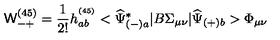
{ \mathsf W } _ { - + } ^ { ( 4 5 ) } = \frac { 1 } { 2 ! } h _ { a b } ^ { ^ { ( 4 5 ) } } < \widehat { \Psi } _ { ( - ) a } ^ { * } | B \Sigma _ { \mu \nu } | \widehat { \Psi } _ { ( + ) b } > \Phi _ { \mu \nu }